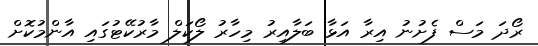
ރޯދަ މަސް ފެށުނު އިރާ އަޅާ ބަލާއިރު މިހާރު ލޯކަލް މާރުކޭޓުގައި އާންމުކޮށް